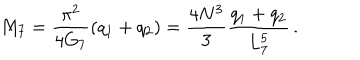
M _ { 7 } = \frac { \pi ^ { 2 } } { 4 G _ { 7 } } ( q _ { 1 } + q _ { 2 } ) = \frac { 4 N ^ { 3 } } { 3 } \frac { q _ { 1 } + q _ { 2 } } { L _ { 7 } ^ { 5 } } \, .